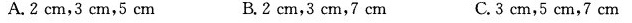
A.2cm，3cm，5cm B.2cm，3cm，7cm C.3cm，5cm，7cm